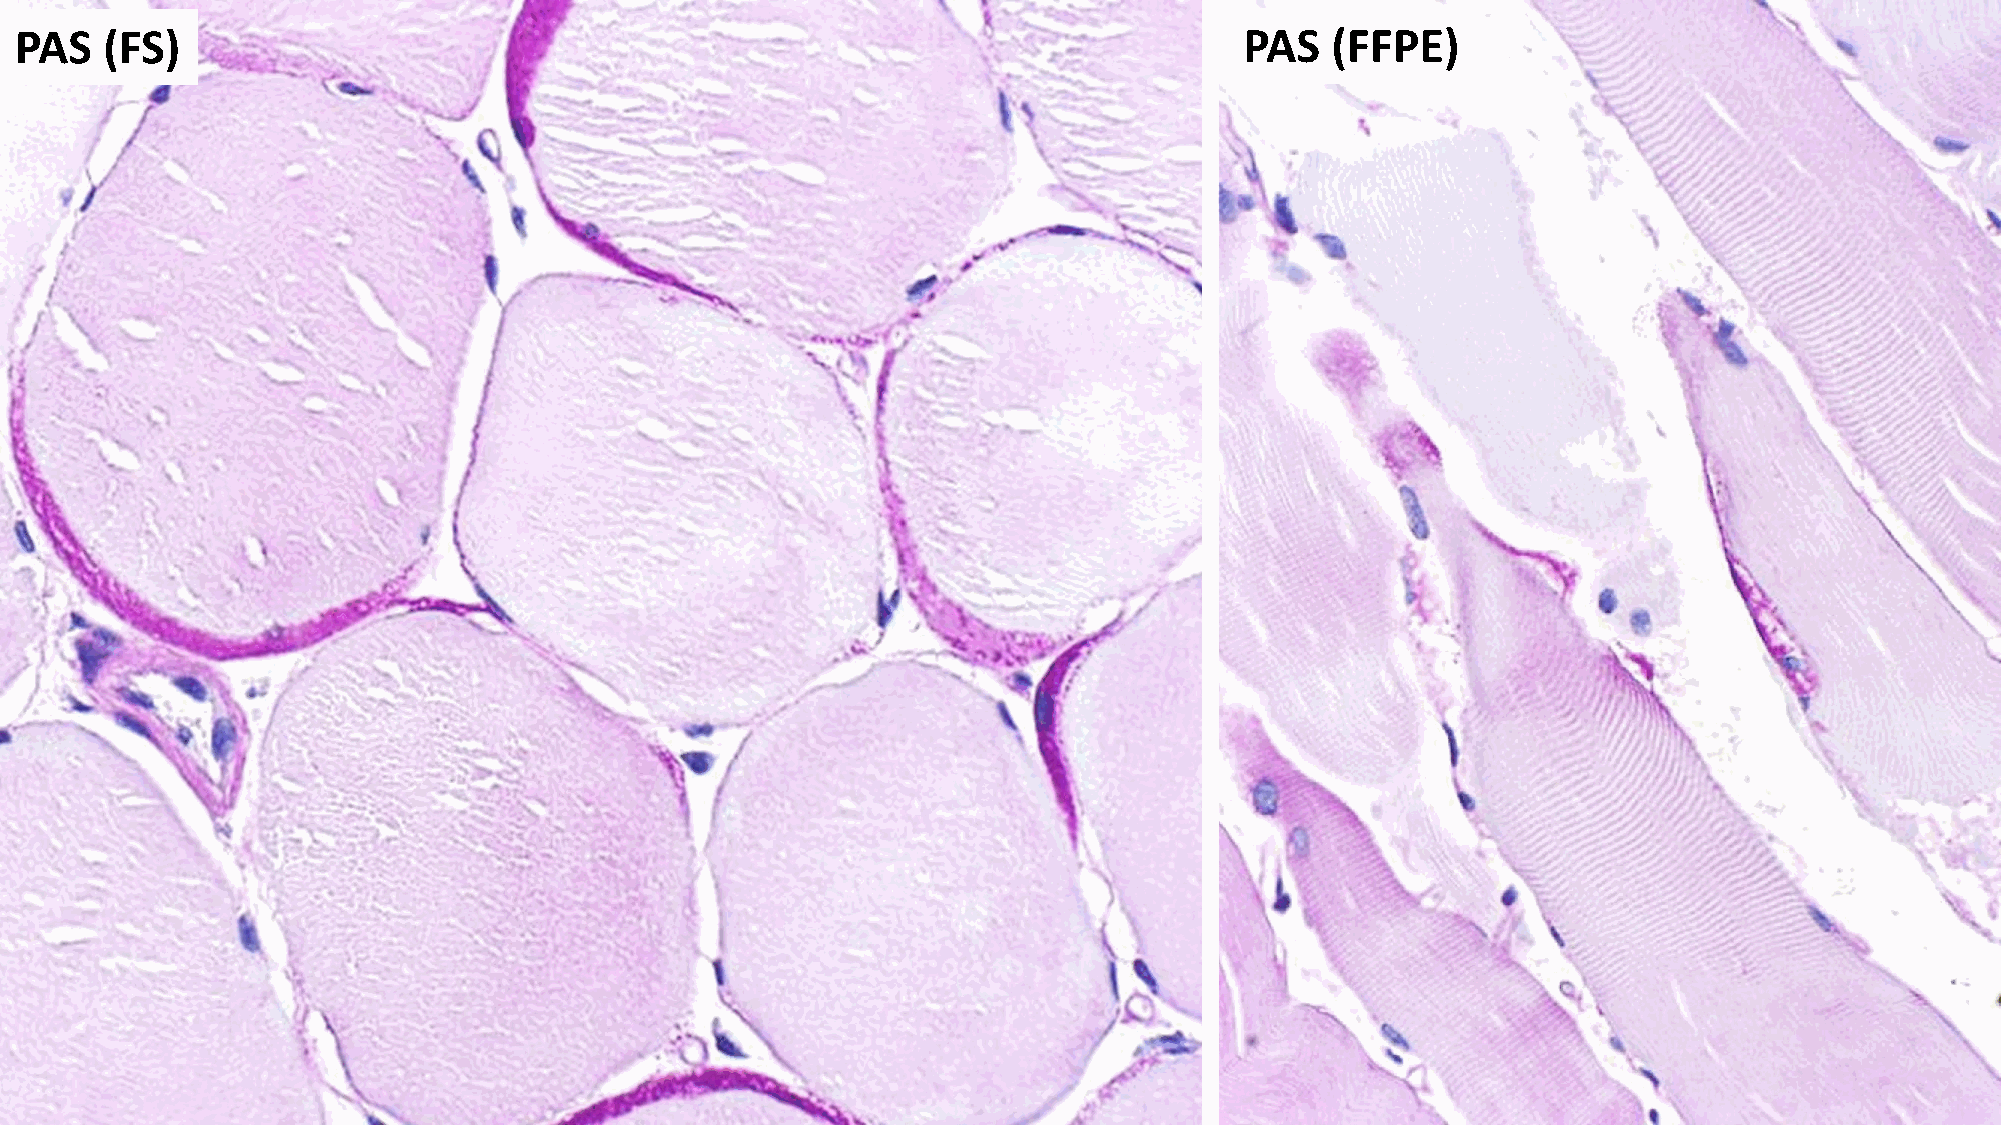
PAS   (FS)                                                                       PAS   (FFPE)